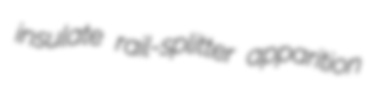
insulate rail-splitter apparition